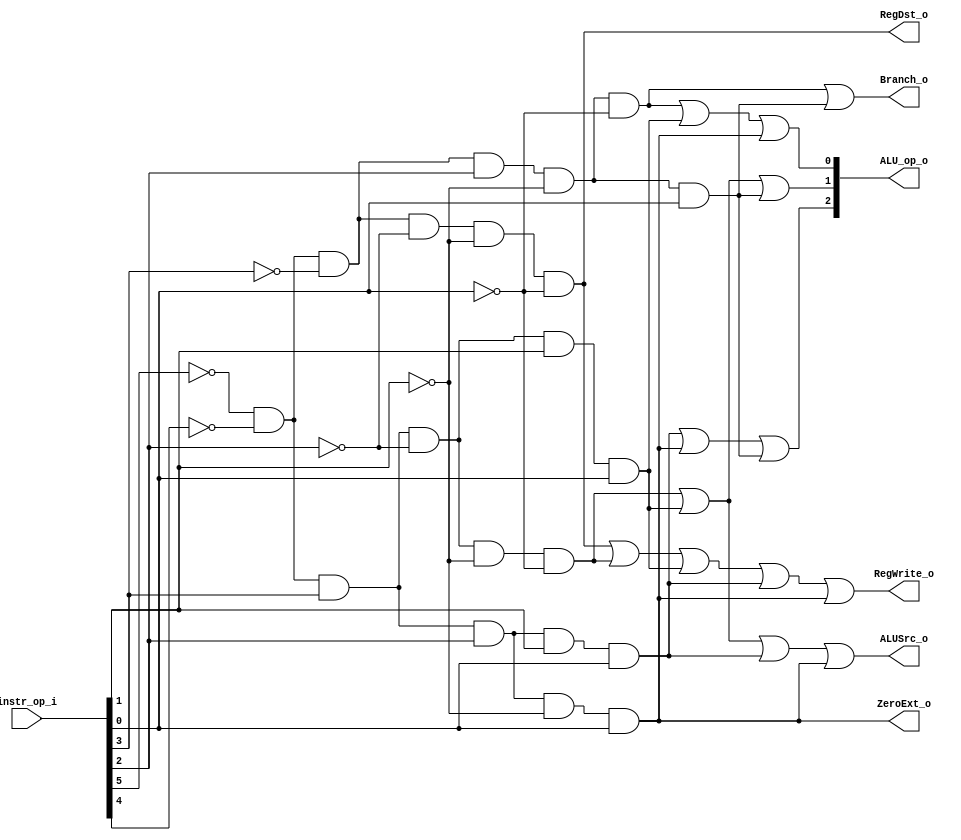
//Subject:     CO project 2 - Decoder
//--------------------------------------------------------------------------------
//Version:     1
//--------------------------------------------------------------------------------
//Writer:      0516003
//----------------------------------------------
//Date:        
//----------------------------------------------
//Description: 
//--------------------------------------------------------------------------------

module Decoder(
    instr_op_i,
	RegWrite_o,
	ALU_op_o,
	ALUSrc_o,
	RegDst_o,
	Branch_o,
	ZeroExt_o
	);
     
//I/O ports
input  [6-1:0] instr_op_i;

output         RegWrite_o;
output [3-1:0] ALU_op_o;
output         ALUSrc_o;
output         RegDst_o;
output         Branch_o;
output ZeroExt_o;
 
//Internal Signals
reg    [3-1:0] ALU_op_o;
reg            ALUSrc_o;
reg            RegWrite_o;
reg            RegDst_o;
reg            Branch_o;
reg ZeroExt_o;

//Parameter
wire R,beq,addi,sltiu;
wire lui,ori,bne;
assign R = (~instr_op_i[5])&(~instr_op_i[4])&(~instr_op_i[3])&(~instr_op_i[2])&(~instr_op_i[1])&(~instr_op_i[0]);
assign beq = (~instr_op_i[5])&(~instr_op_i[4])&(~instr_op_i[3])&instr_op_i[2]&(~instr_op_i[1])&(~instr_op_i[0]);
assign addi = (~instr_op_i[5])&(~instr_op_i[4])&instr_op_i[3]&(~instr_op_i[2])&(~instr_op_i[1])&(~instr_op_i[0]);
assign sltiu = (~instr_op_i[5])&(~instr_op_i[4])&instr_op_i[3]&(~instr_op_i[2])&instr_op_i[1]&instr_op_i[0];

assign lui = (~instr_op_i[5])&(~instr_op_i[4])&instr_op_i[3]&instr_op_i[2]&instr_op_i[1]&instr_op_i[0];
assign ori = (~instr_op_i[5])&(~instr_op_i[4])&instr_op_i[3]&instr_op_i[2]&(~instr_op_i[1])&instr_op_i[0];
assign bne = (~instr_op_i[5])&(~instr_op_i[4])&(~instr_op_i[3])&instr_op_i[2]&(~instr_op_i[1])&instr_op_i[0];


//Main function
always @(*) begin
	ALU_op_o[2]= lui | ori | bne;
	ALU_op_o[1]= addi | sltiu | bne;
	ALU_op_o[0]= beq | sltiu | ori;
	ALUSrc_o = addi | sltiu | lui | ori;
	RegWrite_o = R | addi | sltiu | lui | ori;
	RegDst_o = R;
	Branch_o = beq | bne;
	ZeroExt_o = ori;
end

endmodule